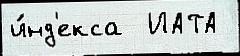
и́нд'екса  ИАТА